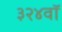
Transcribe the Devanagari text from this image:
३२४वॉ